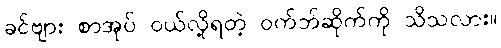
ခင်ဗျား စာအုပ် ဝယ်လို့ရတဲ့ ဝက်ဘ်ဆိုက်ကို သိသလား။